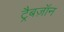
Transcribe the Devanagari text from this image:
ट्रैबज़ॉन